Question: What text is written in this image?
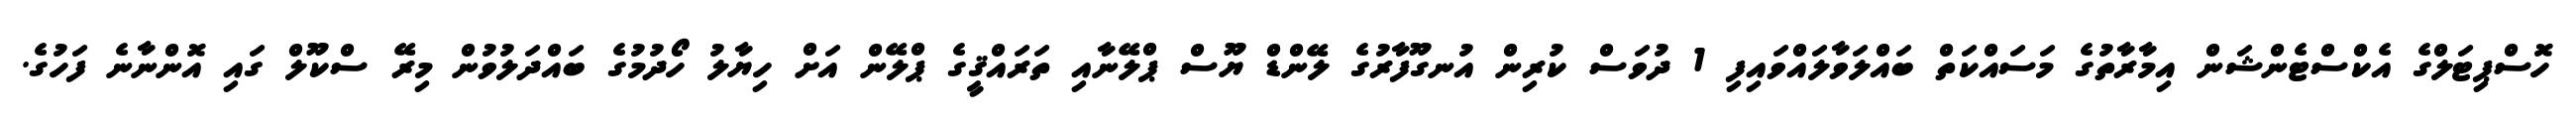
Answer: ހޮސްޕިޓަލްގެ އެކްސްޓެންޝަން އިމާރާތުގެ މަސައްކަތް ބައްލަވާލައްވައިފި 1 ދުވަސް ކުރިން އުނގޫފާރުގެ ލޭންޑް ޔޫސް ޕްލޭނާއި ތަރައްޤީގެ ޕްލޭން އަށް ހިޔާލު ހޯދުމުގެ ބައްދަލުވުން މިރޭ ސްކޫލް ގައި އޮންނާނެ ފަހުގެ.